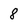
Character: 8